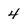
Character: 4